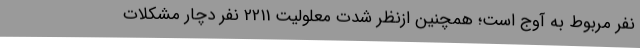
نفر مربوط به آوج است؛ همچنین ازنظر شدت معلولیت 2211 نفر دچار مشکلات